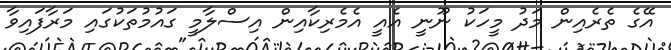
އޭގެ ތެރެއިން މަދު މީހަކު ނޫނީ އެއީ އެމެރިކާއިން އިސްލާމީ ގައުމުތަކުގައި މަރާފައިވާ